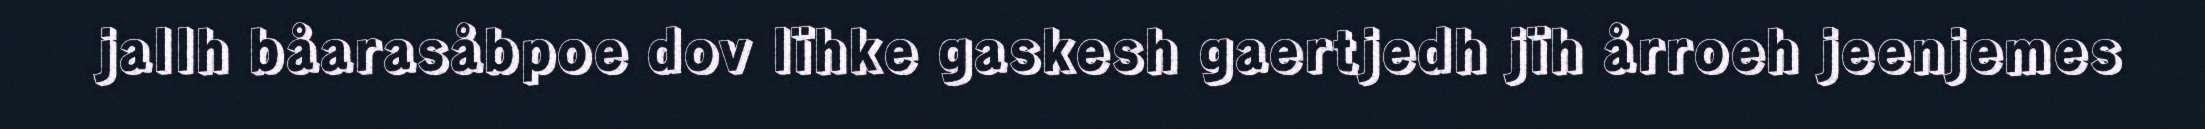
jallh båarasåbpoe dov lïhke gaskesh gaertjedh jïh årroeh jeenjemes